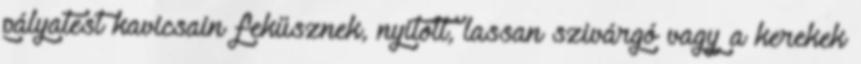
pályatest kavicsain feküsznek, nyitott, lassan szivárgó vagy a kerekek